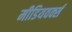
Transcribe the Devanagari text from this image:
मीडियवर्क्स